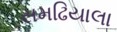
સમઢિયાલા